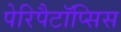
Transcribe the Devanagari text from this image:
पेरिपैटॉप्सिस